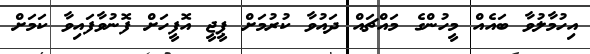
އިހުމާލުވާ ބައެއް މީހުންގެ މައްޗައް ދައުވާ ކުރުމަށް ޕީޖީ އޮފީހަށް ފޮނުވާފައިވާ ކަމަށް